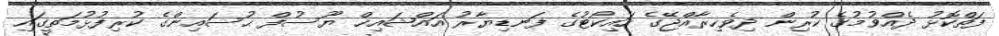
ފަތްކޮޅު ދެއްވުމުގެ ކުރިން ދިވެހިރާއްޖޭގެ ހައިކޯޓުގެ ފަނޑިޔާރު އައްޝައިޚް ޔޫސުފް ޙުސައިންގެ ކުރިފުޅުމަތީގައި